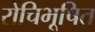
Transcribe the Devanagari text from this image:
रोचिभूषित